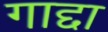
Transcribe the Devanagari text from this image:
गाद्दा